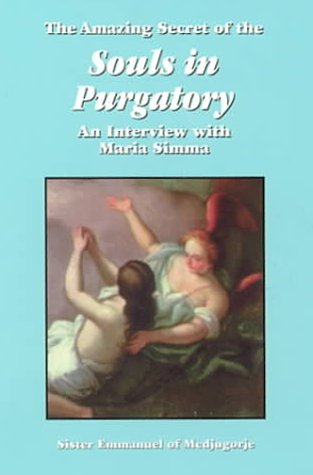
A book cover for The Amazing Secret of the Souls in Purgatory: An Interview with Maria Simma; Sister Emmanuel of Medjugorje; Christian Books & Bibles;